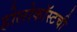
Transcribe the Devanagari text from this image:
होलोकॉस्टची